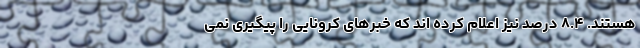
هستند. ۸.۴ درصد نیز اعلام کرده­ اند که خبرهای کرونایی را پیگیری نمی­